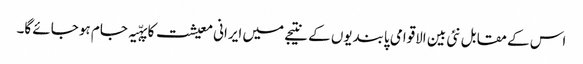
اس کے مقابل نئی بین الاقوامی پابندیوں کے نتیجے میں ایرانی معیشت کا پہّیہ جام ہو جائے گا۔